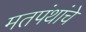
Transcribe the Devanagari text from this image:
मतपंथांचे